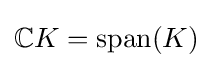
{\mathbb {C} }K=\operatorname {span} (K)